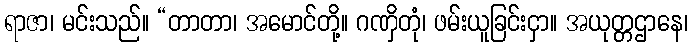
ရာဇာ၊ မင်းသည်။ “တာတာ၊ အမောင်တို့။ ဂဏှိတုံ၊ ဖမ်းယူခြင်းငှာ။ အယုတ္တဌာနေ၊